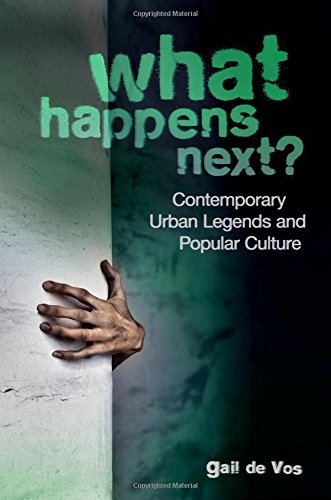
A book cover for What Happens Next?: Contemporary Urban Legends and Popular Culture; Gail de Vos; Humor & Entertainment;